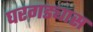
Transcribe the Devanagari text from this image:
घरगड्यास